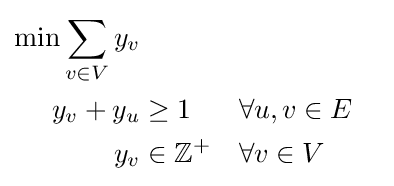
{\begin{aligned}\min \sum _{v\in V}y_{v}\\y_{v}+y_{u}&\geq 1&&\forall u,v\in E\\y_{v}&\in \mathbb {Z^{+}} &&\forall v\in V\end{aligned}}